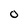
Character: o